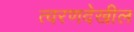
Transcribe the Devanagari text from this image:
त्वरणदेखील